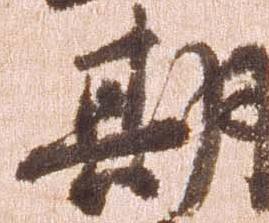
期